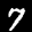
Label: 7